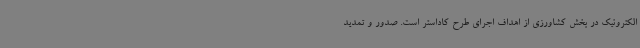
الکترونیک در بخش کشاورزی از اهداف اجرای طرح کاداستر است. صدور و تمدید